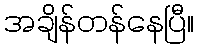
အချိန်တန်နေပြီ။